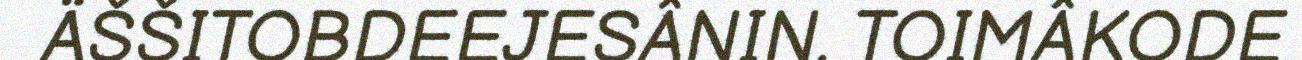
ÄŠŠITOBDEEJESÂNIN. TOIMÂKODE